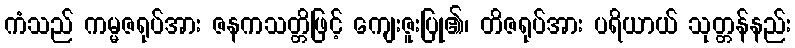
ကံသည် ကမ္မဇရုပ်အား ဇနကသတ္တိဖြင့် ကျေးဇူးပြု၏၊ တိဇရုပ်အား ပရိယာယ် သုတ္တန်နည်း